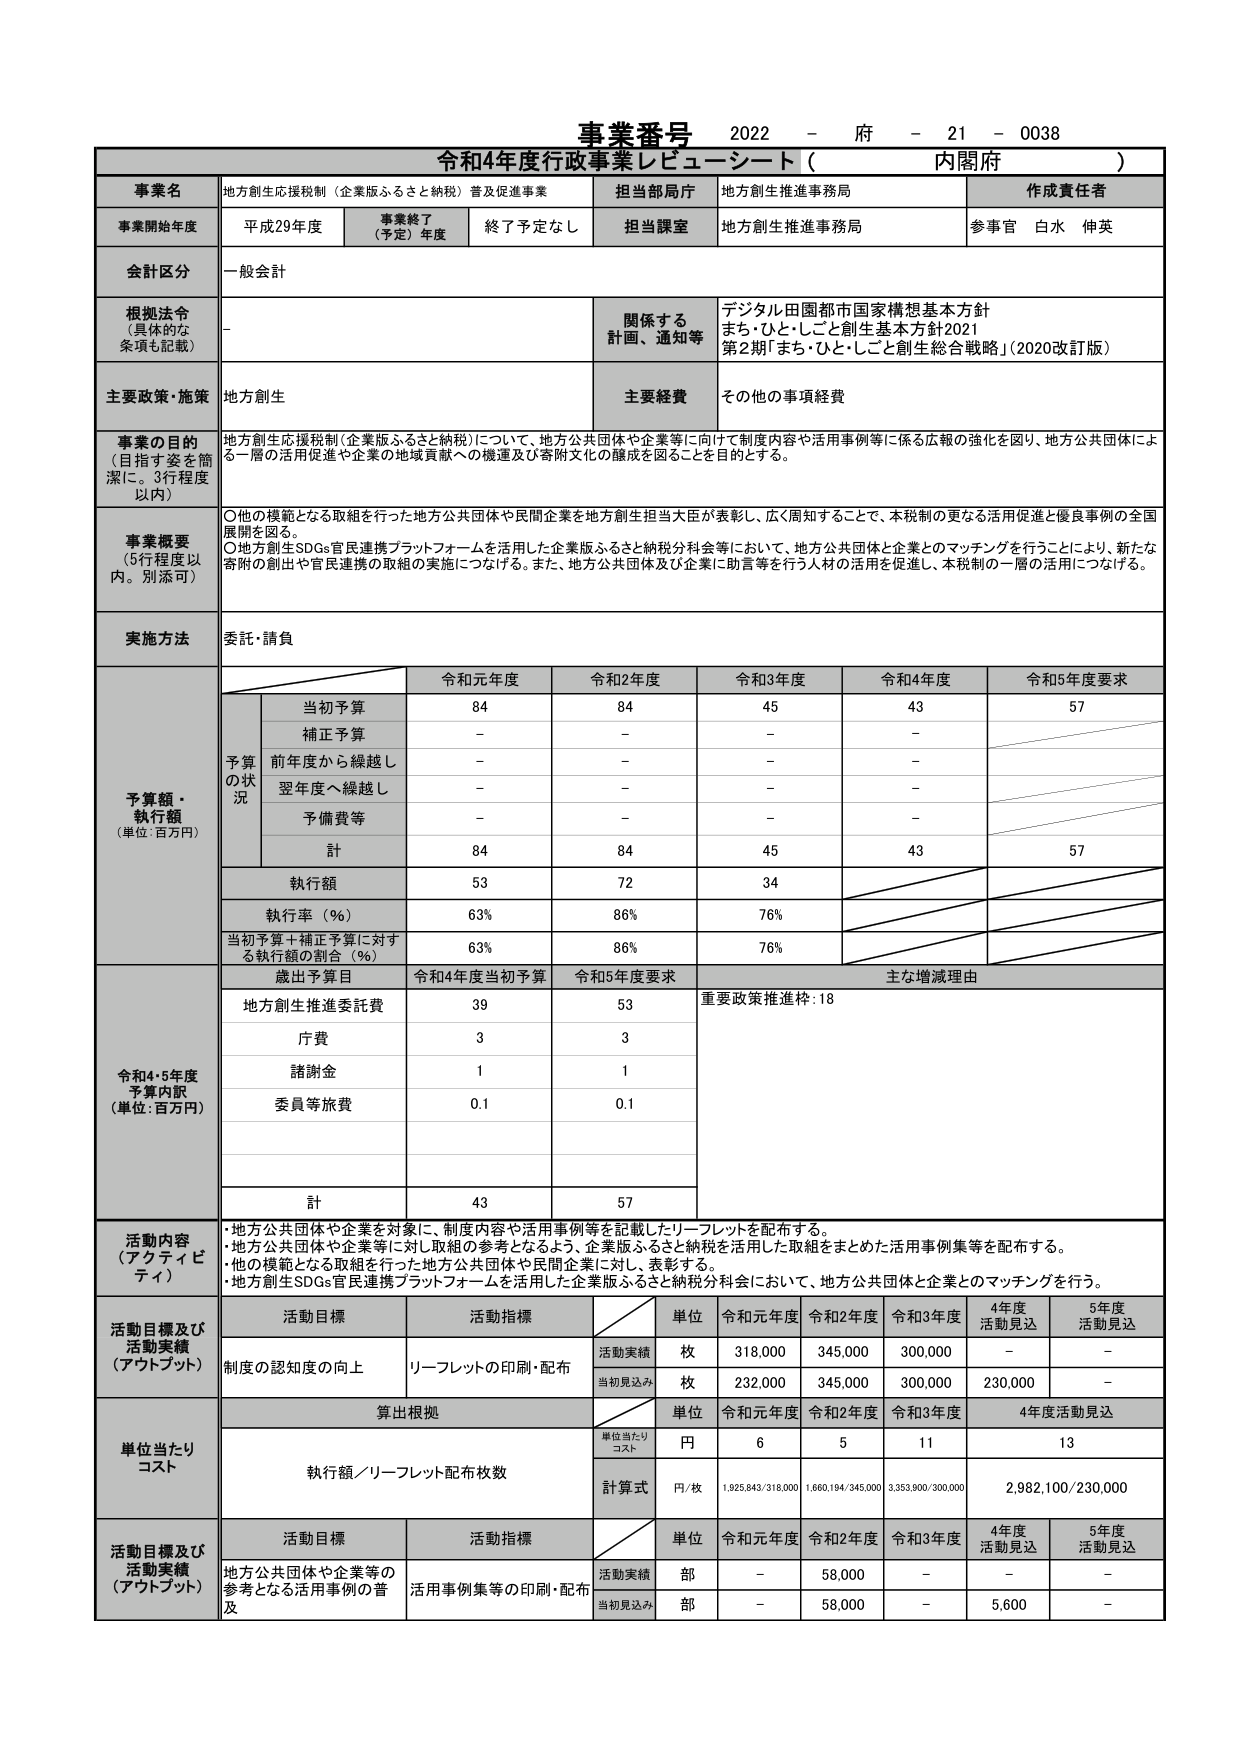
事業番号 2022 - 府 - 21 - 0038
令和4年度行政事業レビューーシート（ 内閣府 ）

事業名 地方創生応援税制（企業版ふるさと納税）普及促進事業
担当部局庁 地方創生推進事務局
作成責任者

事業開始年度 平成29年度
事業終了（予定）年度 終了予定なし
担当課室 地方創生推進事務局
参事官 白水 伸英

会計区分 一般会計

根拠法令（具体的な条項も記載） -
関係する計画、通知等 デジタル田園都市国家構想基本方針
まち・ひと・しごと創生基本方針2021
第2期「まち・ひと・しごと創生総合戦略」（2020改訂版）

主要政策・施策 地方創生
主要経費 その他の事項経費

事業の目的（目指す姿を簡潔に。3行程度以内）
地方創生応援税制（企業版ふるさと納税）について、地方公共団体や企業等に向けて制度内容や活用事例等に係る広報の強化を図り、地方公共団体による一層の活用促進や企業の地域貢献への機運及び寄附文化の醸成を図ることを目的とする。

事業概要（5行程度以内。別添可）
〇他の模範となる取組を行った地方公共団体や民間企業を地方創生担当大臣が表彰し、広く周知することで、本税制の更なる活用促進と優良事例の全国展開を図る。
〇地方創生SDGs官民連携プラットフォームを活用した企業版ふるさと納税分科会等において、地方公共団体と企業とのマッチングを行うことにより、新たな寄附の創出や官民連携の取組の実施につなげる。また、地方公共団体及び企業に助言等を行う人材の活用を促進し、本税制の一層の活用につなげる。

実施方法 委託・請負

予算額・執行額（単位：百万円）
令和元年度 令和2年度 令和3年度 令和4年度 令和5年度要求
当初予算 84 84 45 43 57
補正予算 - - - -
前年度から繰越し - - - -
翌年度へ繰越し - - - -
予備費等 - - - -
計 84 84 45 43 57
執行額 53 72 34
執行率（％） 63% 86% 76%
当初予算＋補正予算に対する執行額の割合（％） 63% 86% 76%

令和4・5年度予算内訳（単位：百万円）
歳出予算目 令和4年度当初予算 令和5年度要求 主な増減理由
地方創生推進委託費 39 53 重要政策推進枠：18
庁費 3 3
諸謝金 1 1
委員等旅費 0.1 0.1
計 43 57

活動内容（アクティビティ）
・地方公共団体や企業を対象に、制度内容や活用事例等を記載したリーフレットを配布する。
・地方公共団体や企業等に対し取組の参考となるよう、企業版ふるさと納税を活用した取組をまとめた活用事例集等を配布する。
・他の模範となる取組を行った地方公共団体や民間企業に対し、表彰する。
・地方創生SDGs官民連携プラットフォームを活用した企業版ふるさと納税分科会において、地方公共団体と企業とのマッチングを行う。

活動目標及び活動実績（アウトプット）
活動目標 活動指標 単位 令和元年度 令和2年度 令和3年度 4年度活動見込 5年度活動見込
制度の認知度の向上 リーフレットの印刷・配布 活動実績 枚 318,000 345,000 300,000 - -
当初見込み 枚 232,000 345,000 300,000 230,000 -

算出根拠
単位当たりコスト 単位 令和元年度 令和2年度 令和3年度 4年度活動見込
執行額／リーフレット配布枚数 単位当たりコスト 円 6 5 11 13
計算式 円/枚 1,925,843/318,000 1,660,194/345,000 3,353,900/300,000 2,982,100/230,000

活動目標及び活動実績（アウトプット）
活動目標 活動指標 単位 令和元年度 令和2年度 令和3年度 4年度活動見込 5年度活動見込
地方公共団体や企業等の参考となる活用事例の普及 活用事例集等の印刷・配布 活動実績 部 - 58,000 - - -
当初見込み 部 - 58,000 - 5,600 -